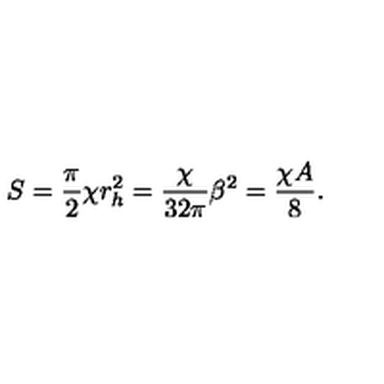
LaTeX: S = { \frac { \pi } { 2 } } \chi r _ { h } ^ { 2 } = { \frac { \chi } { 3 2 \pi } } \beta ^ { 2 } = { \frac { \chi A } { 8 } } .